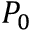
P _ { 0 }